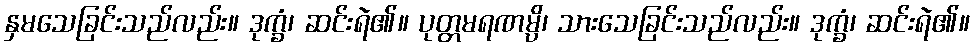
နှမသေခြင်းသည်လည်း။ ဒုက္ခံ၊ ဆင်းရဲ၏။ ပုတ္တမရဏမ္ပိ၊ သားသေခြင်းသည်လည်း။ ဒုက္ခံ၊ ဆင်းရဲ၏။